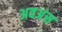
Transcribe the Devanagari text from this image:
अवअंस